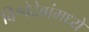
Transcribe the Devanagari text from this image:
विश्वेदेवांमध्ये